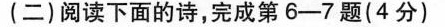
(二)阅读下面的诗，完成第6-7题(4分)